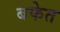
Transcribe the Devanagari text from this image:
बफेत